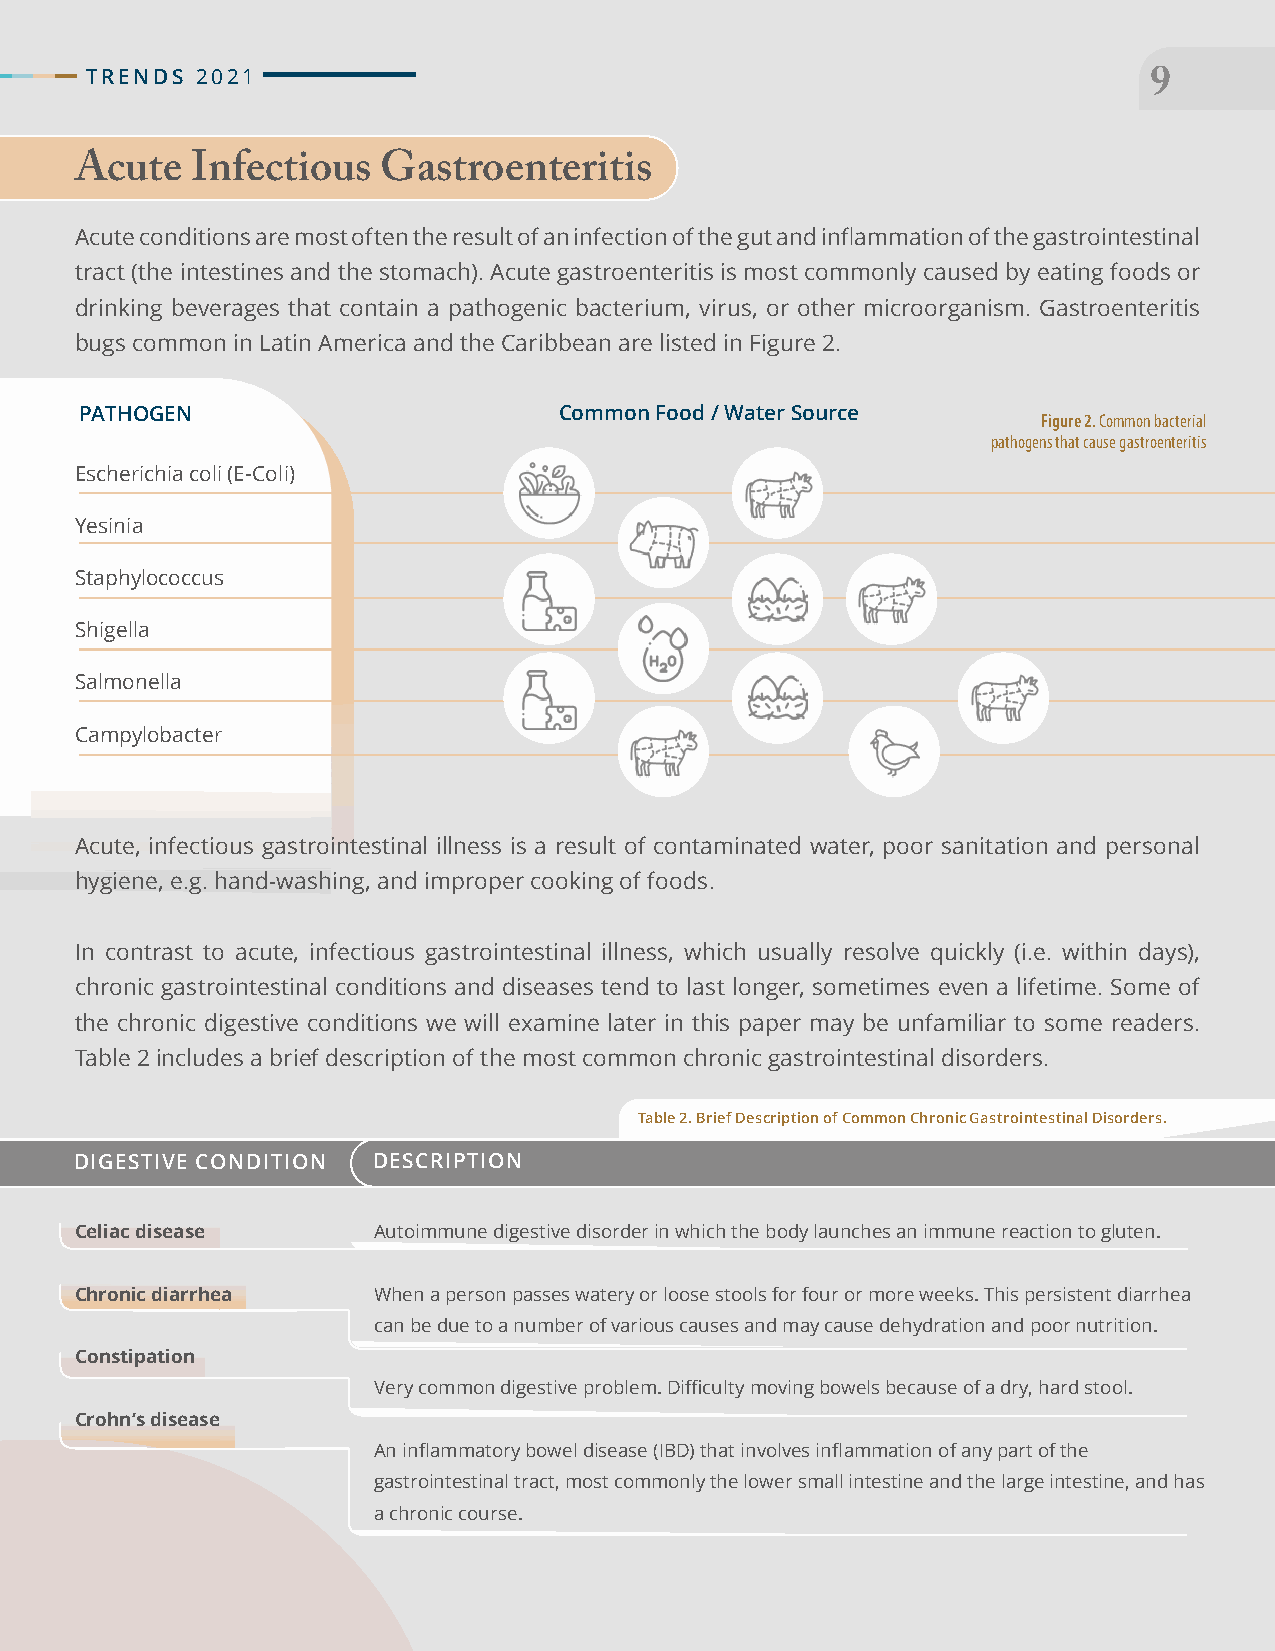
TTRREENNDDSS 22002211
 99
 Acute   Infectious  Gastroenteritis
 Acute conditions are most often the result of an infection of the gut and inflammation of the gastrointestinal
 tract (the intestines and the stomach). Acute gastroenteritis is most commonly caused by eating foods or
 drinking beverages that contain a pathogenic bacterium, virus, or other microorganism. Gastroenteritis
 bugs common in Latin America and the Caribbean are listed in Figure 2.
 PATHOGEN                        Common Food / Water Source
 Figure 2. Common bacterial
 pathogens that cause gastroenteritis
 Escherichia coli (E-Coli)
 Yesinia
 Staphylococcus
 Shigella
 Salmonella
 Campylobacter
 Acute, infectious gastrointestinal illness is a result of contaminated water, poor sanitation and personal
 hygiene, e.g. hand-washing, and improper cooking of foods.
 In contrast to acute, infectious gastrointestinal illness, which usually resolve quickly (i.e. within days),
 chronic gastrointestinal conditions and diseases tend to last longer, sometimes even a lifetime. Some of
 the chronic digestive conditions we will examine later in this paper may be unfamiliar to some readers.
 Table 2 includes a brief description of the most common chronic gastrointestinal disorders.
 Table 2. Brief Description of Common Chronic Gastrointestinal Disorders.
 DIGESTIVE CONDITION DESCRIPTION
 Celiac disease      Autoimmune digestive disorder in which the body launches an immune reaction to gluten.
 Chronic diarrhea    When a person passes watery or loose stools for four or more weeks. This persistent diarrhea
 can be due to a number of various causes and may cause dehydration and poor nutrition.
 Constipation
 Very common digestive problem. Difficulty moving bowels because of a dry, hard stool.
 Crohn’s disease
 An inflammatory bowel disease (IBD) that involves inflammation of any part of the
 gastrointestinal tract, most commonly the lower small intestine and the large intestine, and has
 a chronic course.